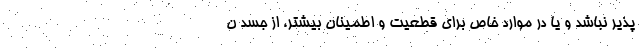
پذیر نباشد و یا در موارد خاص برای قطعیت و اطمینان بیشتر، از جسد ن